Juri_Uluots, lk 14
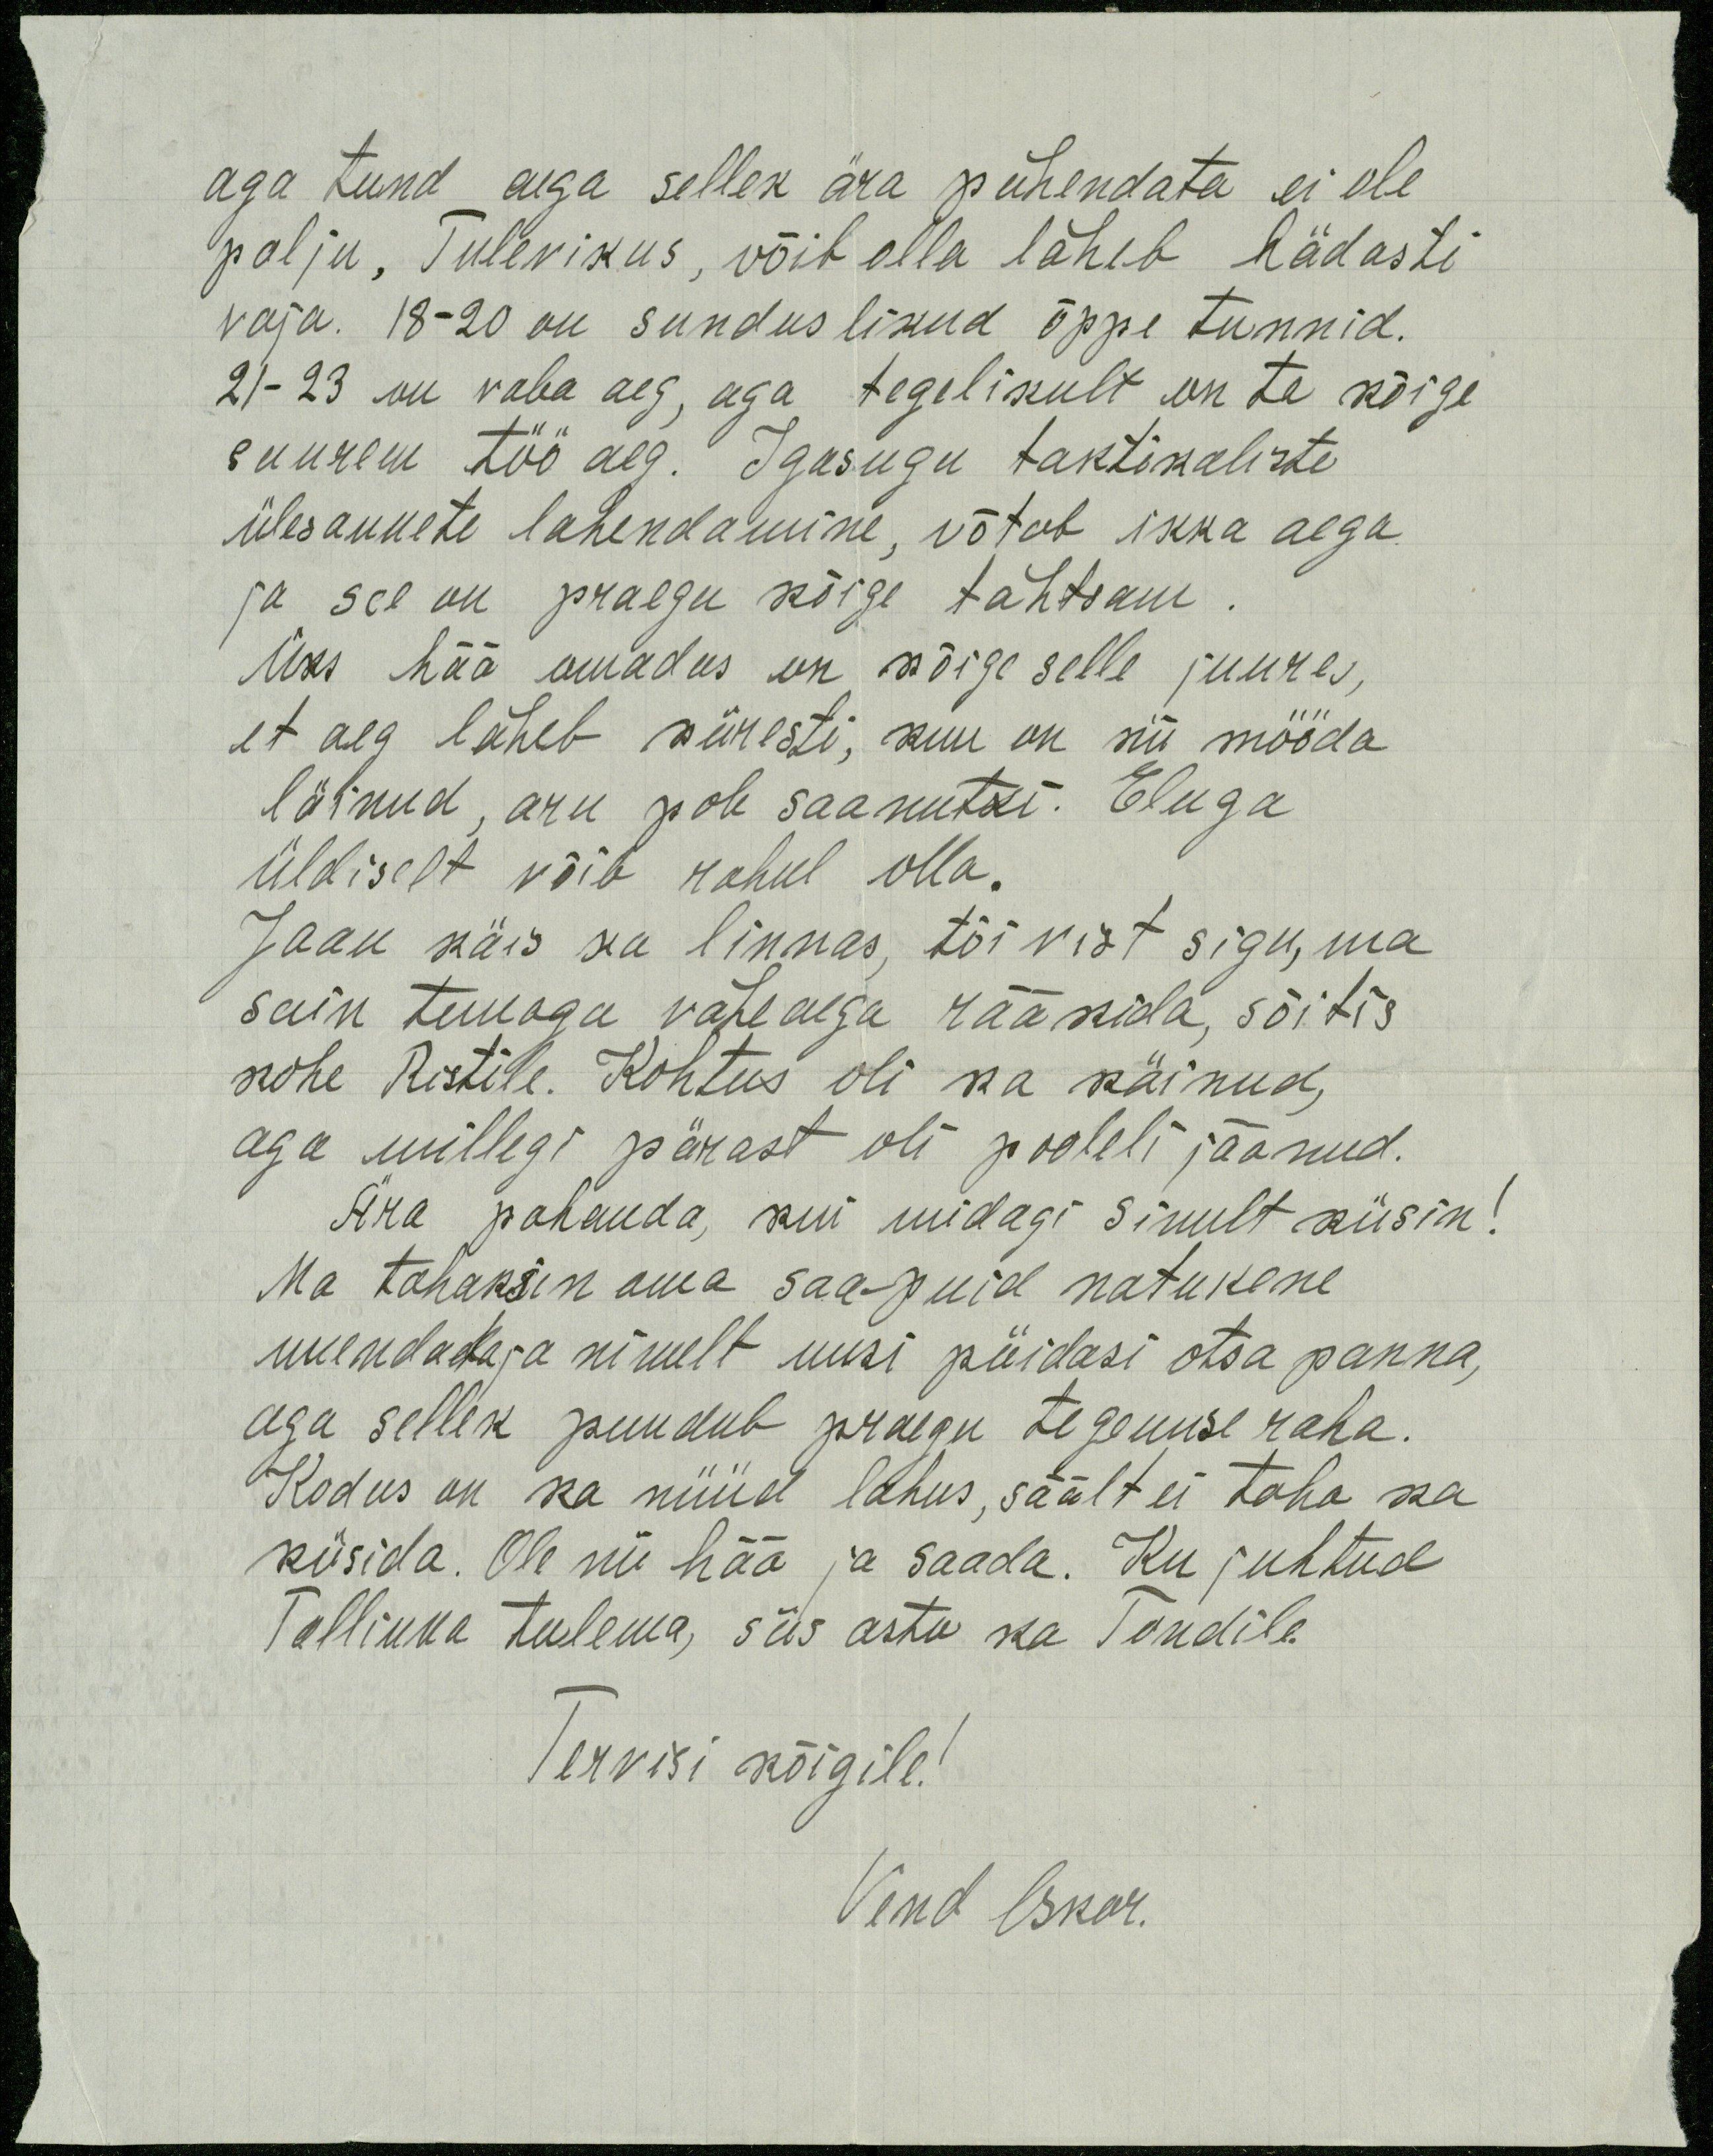
aga tund aega sellek ära pühendata ei ole
palju, Tulevikus, võib olla läheb hädasti
vaja. 18-20 on sunduslikud õppe tunnid.
21-23 on vaba aeg, aga tegelikult on ta kõige
suurem töö aeg. Igasugu taktikaliste
ülesannete lahendamine, võtab ikka aega
ja see on praegu kõige tähtsam.
Üks hää omadus on kõige selle juures,
et aeg läheb kiiresti, kuu on nii mööda
läinud, aru pole saanutki. Eluga
üldiselt võib rahul olla.
Jaan käis ka linnas, tõi vist sigu, ma
sain temaga vähe aega rääkida, sõitis
kohe Ristile. Kohtus oli ka käinud,
aga millegi pärast oli pooleli jäänud.
Ära pahanda, kui midagi sinult küsin!
Ma tahaksin oma saapuid natukene
uuendada ja nimelt uusi pöidasi otsa panna,
aga sellek puudub praegu tegemise raha.
Kodus on ka nüüd lahus, säält ei taha ka
küsida. Ole nii hää ja saada. Ku juhtud
Tallinna tulema, siis astu ka Tondile.
Tervisi kõigile!
Vend Oskar.